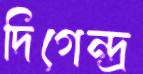
দিগেন্দ্র